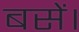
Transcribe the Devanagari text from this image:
बसें।